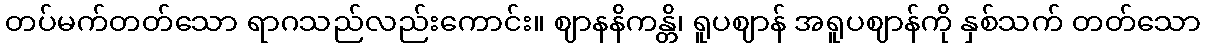
တပ်မက်တတ်သော ရာဂသည်လည်းကောင်း။ ဈာနနိကန္တိ၊ ရူပဈာန် အရူပဈာန်ကို နှစ်သက် တတ်သော